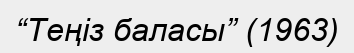
“Теңіз баласы” (1963)